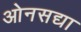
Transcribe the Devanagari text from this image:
ओनसद्या